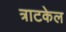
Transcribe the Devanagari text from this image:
त्राटकेल